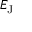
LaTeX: E _ { \mathrm { { J } } }